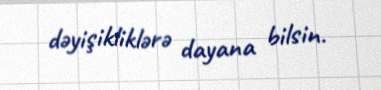
dəyişikliklərə dayana bilsin.